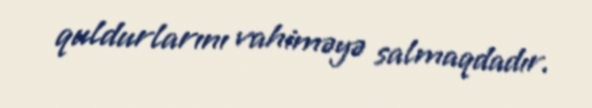
quldurlarını vahiməyə salmaqdadır.